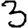
Digit: 3